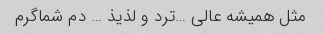
مثل همیشه عالی …ترد و لذیذ … دم شماگرم